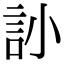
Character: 䚱